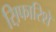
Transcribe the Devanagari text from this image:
स़िफारिशें